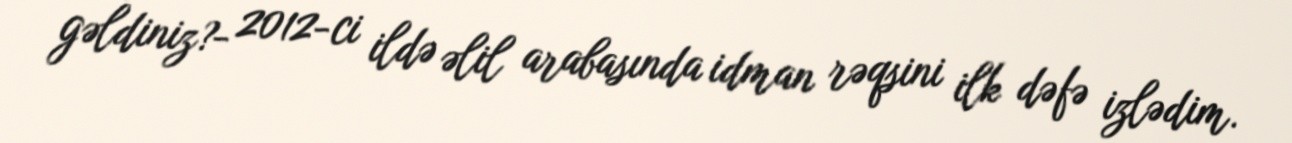
gəldiniz?- 2012-ci ildə əlil arabasında idman rəqsini ilk dəfə izlədim.